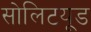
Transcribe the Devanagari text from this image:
सोलिटयूड